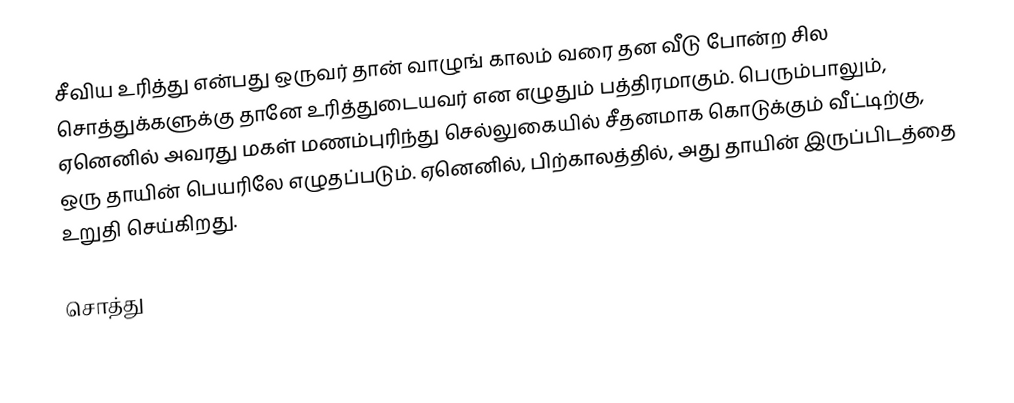
சீவிய உரித்து   என்பது ஒருவர் தான் வாழுங் காலம் வரை தன வீடு போன்ற சில சொத்துக்களுக்கு தானே உரித்துடையவர் என எழுதும் பத்திரமாகும். பெரும்பாலும், ஏனெனில் அவரது மகள் மணம்புரிந்து  செல்லுகையில் சீதனமாக கொடுக்கும் வீட்டிற்கு, ஒரு தாயின்  பெயரிலே எழுதப்படும். ஏனெனில், பிற்காலத்தில், அது தாயின் இருப்பிடத்தை உறுதி செய்கிறது.

சொத்து